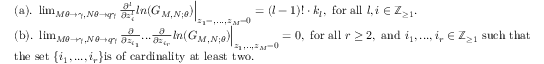
\begin{array} { r l } & { \mathrm { ( a ) . } \ \operatorname* { l i m } _ { M \theta \rightarrow \gamma , N \theta \rightarrow q \gamma } \frac { \partial ^ { l } } { \partial z _ { i } ^ { l } } l n ( G _ { M , N ; \theta } ) \Bigr | _ { z _ { 1 } = , . . . , z _ { M } = 0 } = ( l - 1 ) ! \cdot k _ { l } , \ \mathrm { f o r } \ \mathrm { a l l } \ l , i \in \mathbb { Z } _ { \ge 1 } . } \\ & { \mathrm { ( b ) . } \ \operatorname* { l i m } _ { M \theta \rightarrow \gamma , N \theta \rightarrow q \gamma } \frac { \partial } { \partial z _ { i _ { 1 } } } . . . \frac { \partial } { \partial z _ { i _ { r } } } l n ( G _ { M , N ; \theta } ) \Bigr | _ { z _ { 1 } , . . , z _ { M } = 0 } = 0 , \ \mathrm { f o r } \ \mathrm { a l l } \ r \ge 2 , \ \mathrm { a n d } \ i _ { 1 } , . . . , i _ { r } \in \mathbb { Z } _ { \ge 1 } \ \mathrm { s u c h \ t h a t } } \\ & { \mathrm { t h e \ s e t } \ \{ i _ { 1 } , . . . , i _ { r } \} \mathrm { i s \ o f \ c a r d i n a l i t y \ a t \ l e a s t \ t w o } . } \end{array}